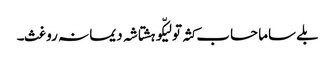
بلے ساما حساب کثہ تو لیکّو ہشتاشہ دیما نہ روغث۔